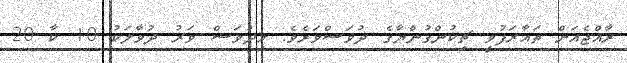
ރާއްޖެއަށް ތައާރަފުވީ ޗިކުންގުންޔާގެ ދުވަސްވަރެވެ. މިދުވަސް ވަރު ދުވާލަކު 10 ކާ 20